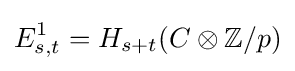
E_{s,t}^{1}=H_{s+t}(C\otimes \mathbb {Z} /p)